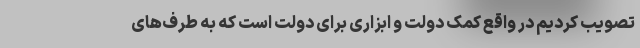
تصویب کردیم در واقع کمک دولت و ابزاری برای دولت است که به طرف‌های